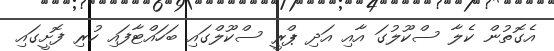
އެގޮތުން ކެލާ ސްކޫލުގަ އާއި އަދި ޕްރީ ސްކޫލްގައި ބަހައްޓާފައި ހުރި ފޮށީގައި